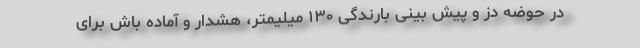
در حوضه دز و پیش بینی بارندگی ۱۳۰ میلیمتر، هشدار و آماده باش برای